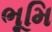
ભૂમિ